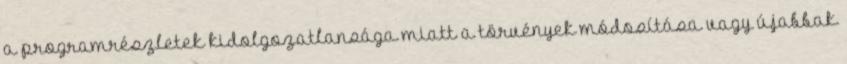
a programrészletek kidolgozatlansága miatt a törvények módosítása vagy újabbak